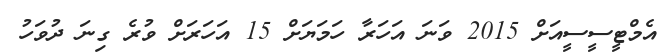
އެމްޓީސީސީއަށް 2015 ވަނަ އަހަރާ ހަމަޔަށް 15 އަހަރަށް ވުރެ ގިނަ ދުވަހު